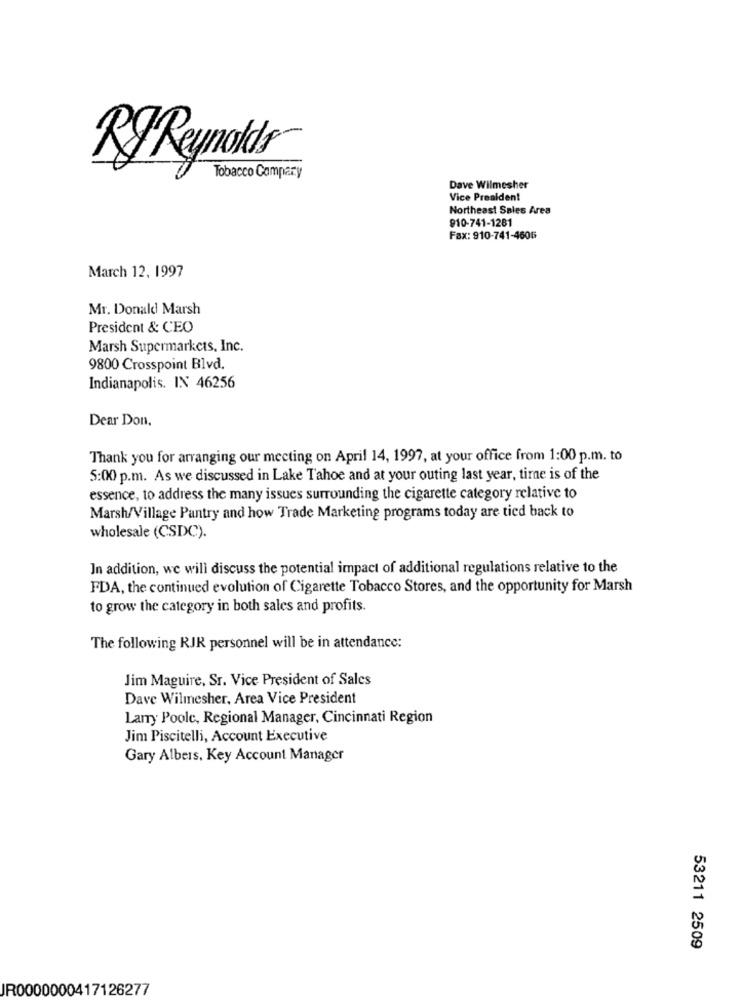
RJReynolds
Tobacco Campary
Dave Wilmesher
Vice President
Northeast Sales Area
910-741-1281
Fax: 910-741-4606
March 12, 1997
Mr. Donald Marsh
President & CEO
Marsh Supermarkets, Inc.
9800 Crosspoint Blvd.
Indianapolis. IN 46256
Dear Don.
Thank you for arranging our meeting on April 14, 1997, at your office from 1:00 p.m. to
5:00 p.m. As we discussed in Lake Tahoe and at your outing last year, tirne is of the
essence, to address the many issues surrounding the cigarette category relative to
Marsh/Village Pantry and how Trade Marketing programs today are tied back to
wholesale (CSDC).
In addition, we will discuss the potential impact of additional regulations relative to the
FDA, the continued evolution of Cigarette Tobacco Stores, and the opportunity for Marsh
to grow the category in both sales and profits.
The following RJR personnel will be in attendance:
Jim Maguire, Sr. Vice President of Sales
Dave Wilmesher, Area Vice President
Larry Poolc, Regional Manager, Cincinnati Region
Jim Piscitelli, Account Executive
Gary Albers, Key Account Manager
53211 2509
IR0000000417126277